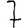
Digit: 7